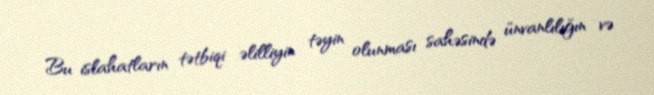
Bu islahatların tətbiqi əlilliyin təyin olunması sahəsində ünvanlılığın və